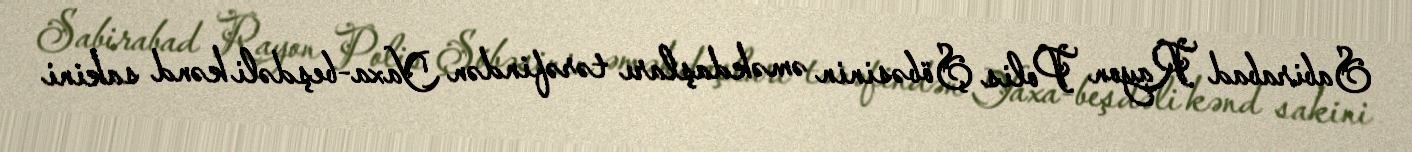
Sabirabad Rayon Polis Şöbəsinin əməkdaşları tərəfindən Yaxa-beşdəli kənd sakini